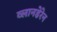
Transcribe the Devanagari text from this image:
व्लानडेरेन